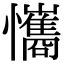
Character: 𢥘